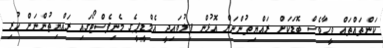
ކަންތައްތައް ވީހާވެސް ބޮޑަކަށް ރައްޔިތުންނަށް އޮޅުން ފިލުވައިދީ އެމްޑީޕީގެ މެނިފެސްޓޯގައި ރައްޔިތުންނަށް ހުރި